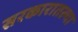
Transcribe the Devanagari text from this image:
सरकारातल्या